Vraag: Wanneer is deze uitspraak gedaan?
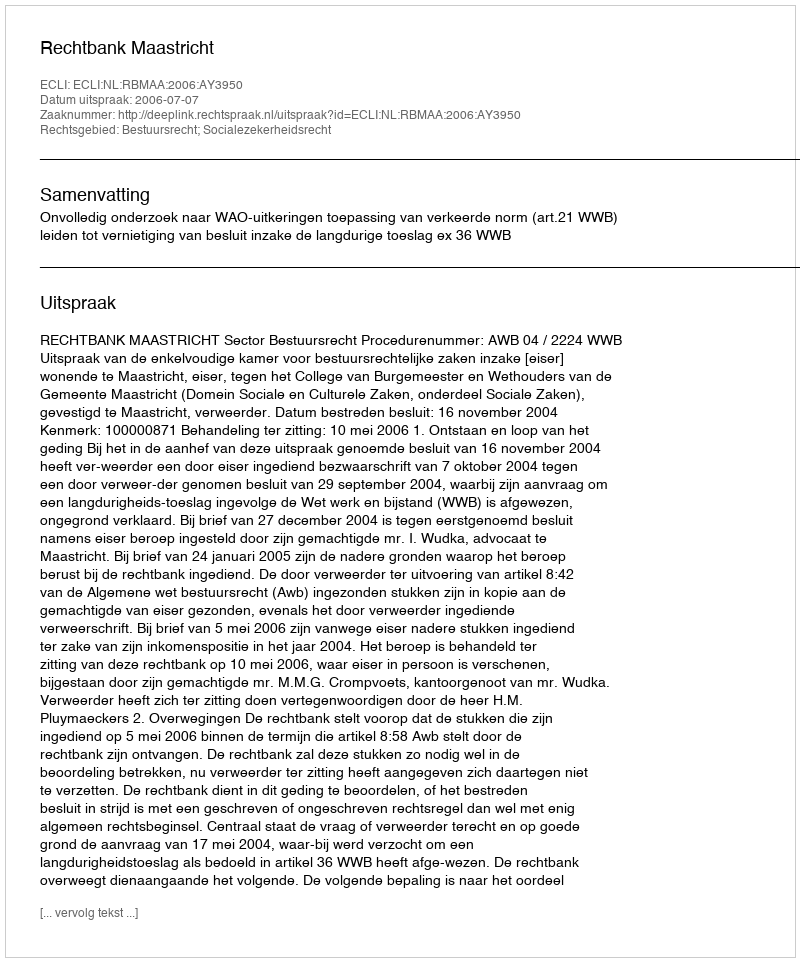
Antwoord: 2006-07-07